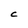
Character: C